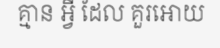
គ្មាន អ្វី ដែល គួរអោយ